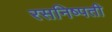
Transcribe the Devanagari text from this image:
रसनिष्पती